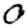
Digit: 0